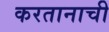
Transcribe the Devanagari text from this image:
करतानाची